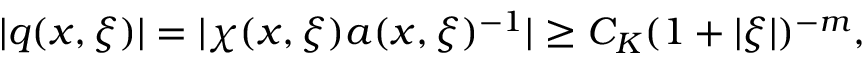
| q ( x , \xi ) | = | \chi ( x , \xi ) a ( x , \xi ) ^ { - 1 } | \geq C _ { K } ( 1 + | \xi | ) ^ { - m } ,